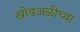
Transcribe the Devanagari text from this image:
खोडअळीच्या